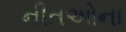
નીતઓના